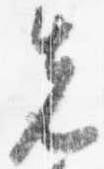
先